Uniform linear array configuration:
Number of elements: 48
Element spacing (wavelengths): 1
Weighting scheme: blackman
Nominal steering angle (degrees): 45
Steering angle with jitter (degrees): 43.486
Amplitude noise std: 0.05
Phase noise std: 0.05

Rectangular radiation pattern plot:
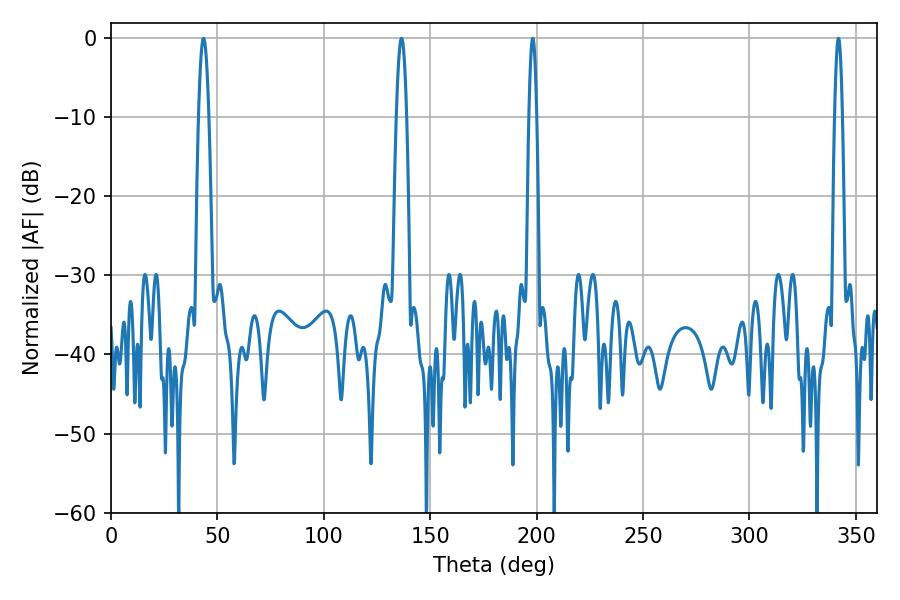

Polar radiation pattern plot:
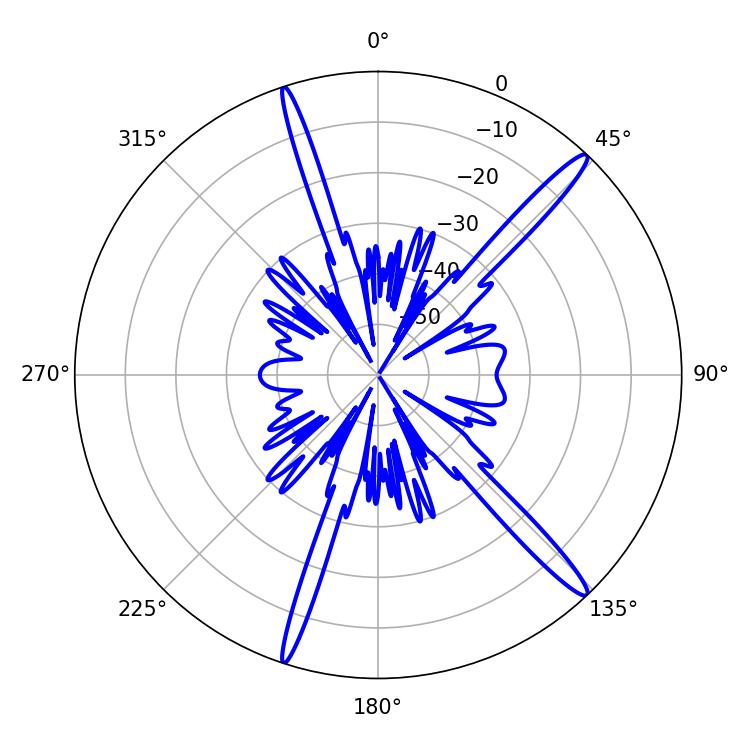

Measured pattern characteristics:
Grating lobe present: TRUE
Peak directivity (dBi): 16.406
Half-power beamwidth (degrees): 1.8
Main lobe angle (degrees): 341.82